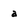
Character: a